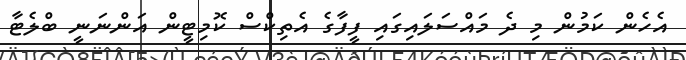
އެހެން ކަމުން މި ދެ މައްސަލައިގައި ފީފާގެ އެތިކްސް ކޮމިޓީން އަންނަނީ ބްލެޓާ